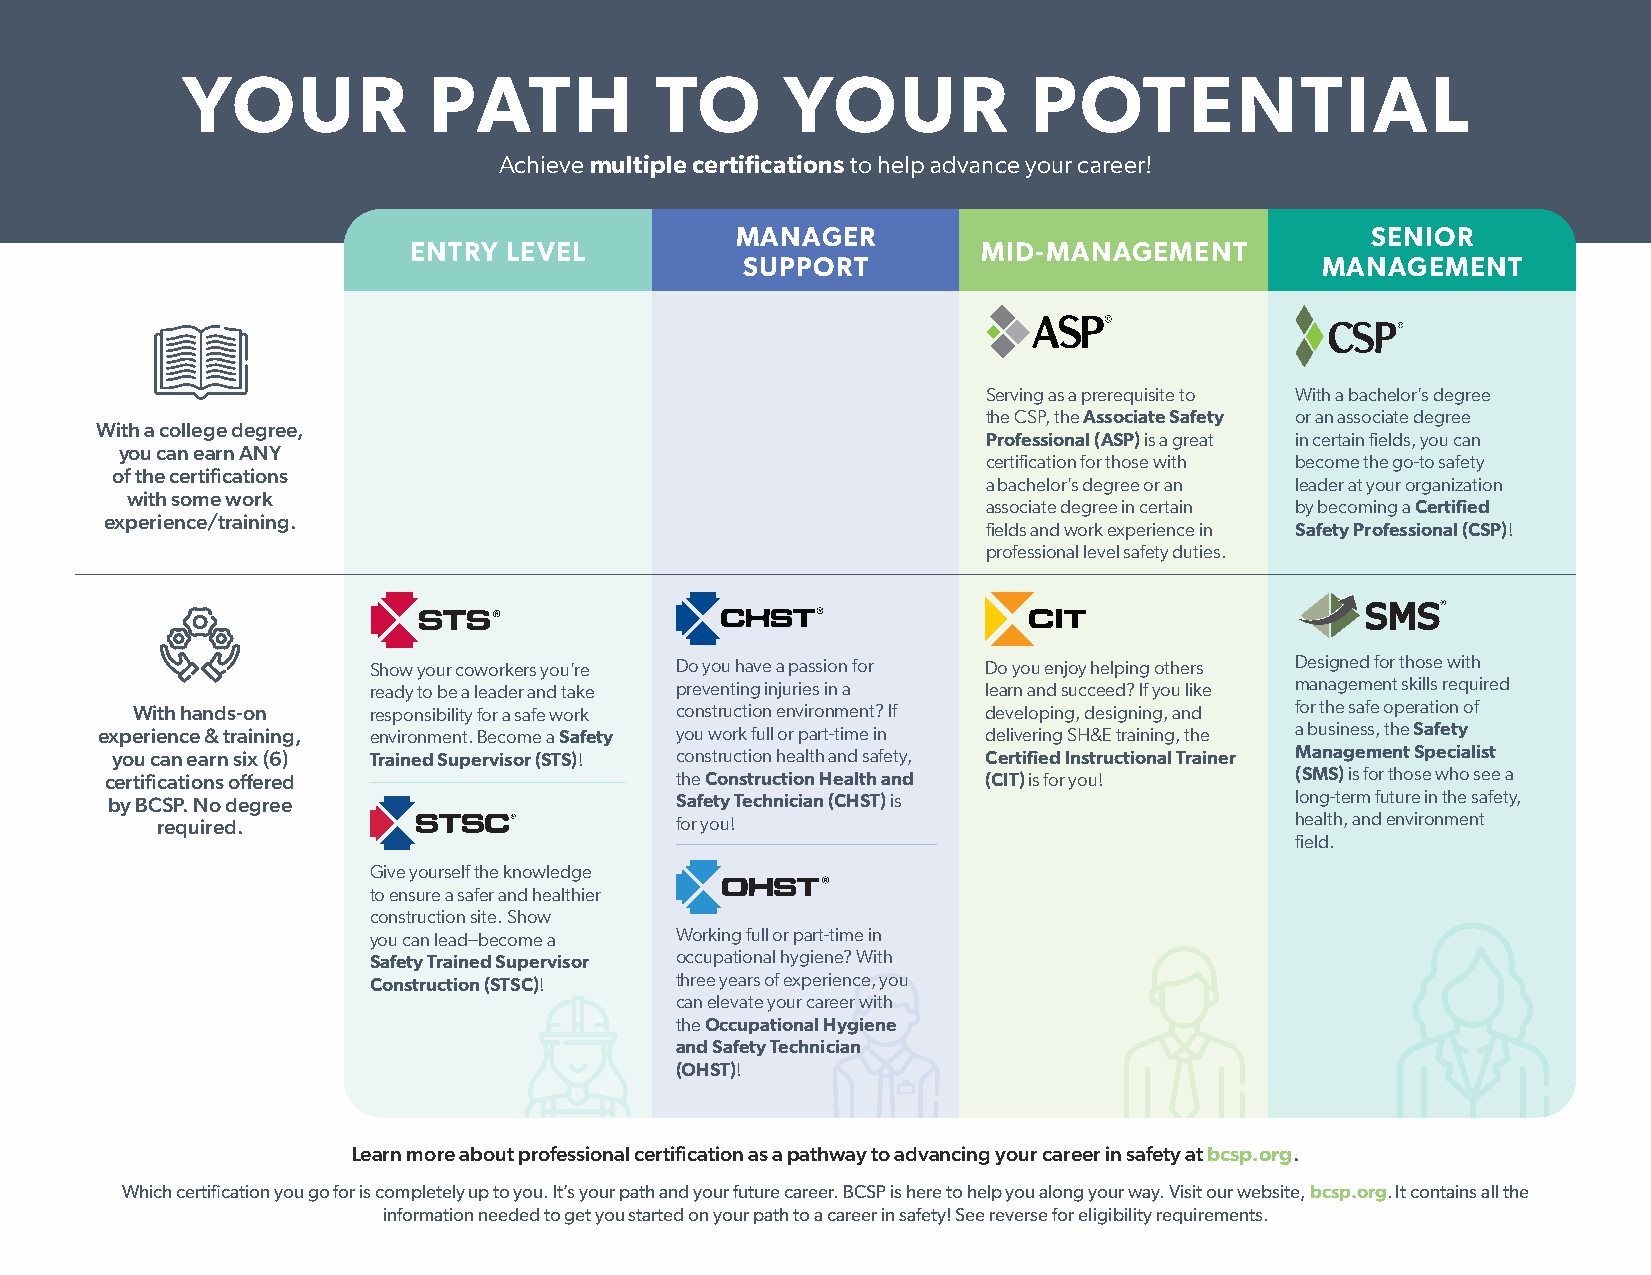
YOUR            PATH           TO       YOUR            POTENTIAL
 Achieve multiple certifications to help advance your career!
 MANAGER                                   SENIOR
 ENTRY LEVEL                           MID-MANAGEMENT
 SUPPORT                               MANAGEMENT
 Serving as a prerequisite to With a bachelor’s degree
 the CSP, the Associate Safety or an associate degree
 With a college degree,
 Professional (ASP) is a great in certain fields, you can
 you can earn ANY
 certification for those with become the go-to safety
 of the certifications
 a bachelor’s degree or an leader at your organization
 with some work
 associate degree in certain by becoming a Certified
 experience/training.
 fields and work experience in Safety Professional (CSP)!
 professional level safety duties.
 Show your coworkers you’re Do you have a passion for Do you enjoy helping others Designed for those with
 ready to be a leader and take preventing injuries in a learn and succeed? If you like management skills required
 With hands-on  responsibility for a safe work construction environment? If developing, designing, and for the safe operation of
 experience & training, environment. Become a Safety you work full or part-time in delivering SH&E training, the a business, the Safety
 you can earn six (6) Trained Supervisor (STS)! construction health and safety, Certified Instructional Trainer Management Specialist
 certifications offered                the Construction Health and (CIT) is for you! (SMS) is for those who see a
 by BCSP. No degree                    Safety Technician (CHST) is              long-term future in the safety,
 required.                          for you!                                 health, and environment
 field.
 Give yourself the knowledge
 to ensure a safer and healthier
 construction site. Show
 you can lead--become a Working full or part-time in
 Safety Trained Supervisor occupational hygiene? With
 Construction (STSC)! three years of experience, you
 can elevate your career with
 the Occupational Hygiene
 and Safety Technician
 (OHST)!
 Learn more about professional certification as a pathway to advancing your career in safety at bcsp.org.
 Which certification you go for is completely up to you. It’s your path and your future career. BCSP is here to help you along your way. Visit our website, bcsp.org. It contains all the
 information needed to get you started on your path to a career in safety! See reverse for eligibility requirements.